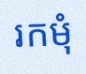
រកមុំ